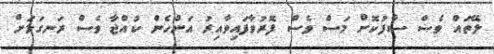
ލޭތައް ވެސް ސާފުކޮށް މަސް ވެސް ފޮރުވާފައިވާއިރު އަންހެން ކުއްޖާ ވެސް ރަނގަޅަށް